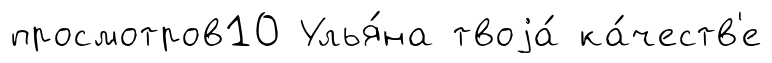
просмотров10 Улья́на твоjа́ ка́честв'е